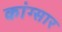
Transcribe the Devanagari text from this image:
कांग्सार